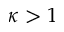
\kappa > 1